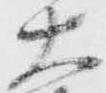
大